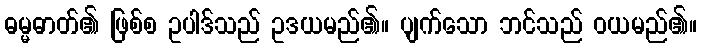
ဓမ္မဓာတ်၏ ဖြစ်စ ဥပါဒ်သည် ဥဒယမည်၏။ ပျက်သော ဘင်သည် ဝယမည်၏။